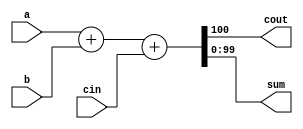
//https://hdlbits.01xz.net/wiki/Adder100

//Create a 100-bit binary adder. 
//The adder adds two 100-bit numbers and a carry-in to produce a 100-bit sum and carry out.

module top_module( 
    input [99:0] a, b,
    input cin,
    output cout,
    output [99:0] sum );
	
    assign {cout, sum} = a+b+cin;
endmodule